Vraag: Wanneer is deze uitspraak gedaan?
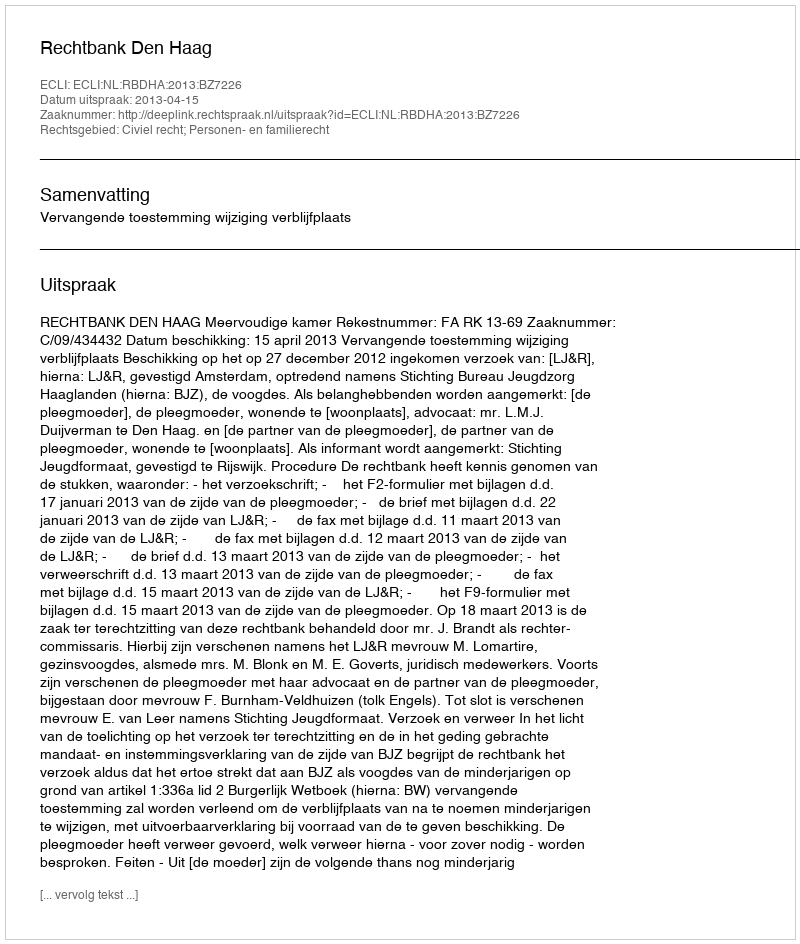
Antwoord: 2013-04-15